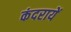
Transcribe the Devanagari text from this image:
कंदरायें